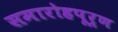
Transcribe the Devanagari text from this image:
समारोहपूर्ण